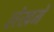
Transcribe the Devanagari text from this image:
लेखमें